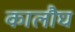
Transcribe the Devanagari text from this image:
कालौघ